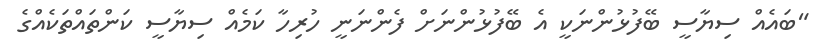
"ބައެއް ސިޔާސީ ބޭފުޅުންނަކީ އެ ބޭފުޅުންނަށް ފެންނަނީ ހުރިހާ ކަމެއް ސިޔާސީ ކަންތައްތަކެއްގެ